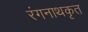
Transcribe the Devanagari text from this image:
रंगनाथकृत